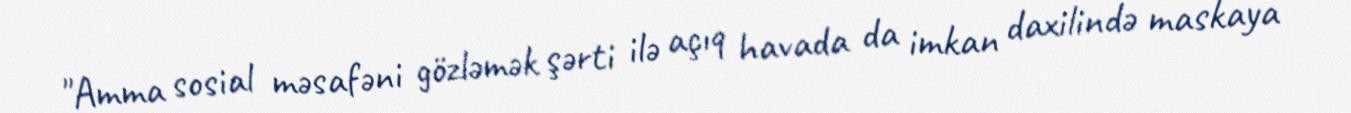
"Amma sosial məsafəni gözləmək şərti ilə açıq havada da imkan daxilində maskaya